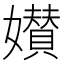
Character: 𡣶